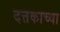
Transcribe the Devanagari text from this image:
दत्तकाच्या